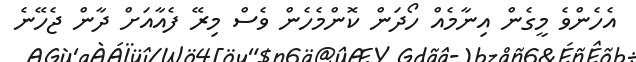
އެހެންވެ މީގެން އިނާމެއް ހޯދަން ކޮންމެހެން ވެސް މިރޭ ފެއާއަށް ދާން ޖެހޭނެ